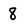
Character: 8